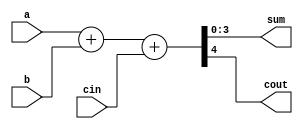
module fulladder (
a,
b,
cin,
sum,
cout);

input [3:0] a, b;
input cin;
output reg [3:0] sum;
output reg cout;

always @ (a, b, cin) begin
    {cout, sum} = a + b + cin;
end

endmodule